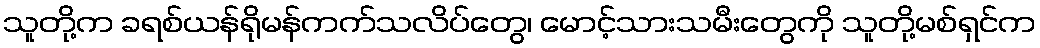
သူတို့က ခရစ်ယန်ရိုမန်ကက်သလိပ်တွေ၊ မောင့်သားသမီးတွေကို သူတို့မစ်ရှင်က